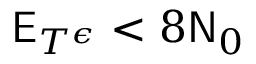
\mathsf { E } _ { T ^ { \epsilon } } < 8 \mathsf { N } _ { 0 }